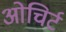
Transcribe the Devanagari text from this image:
ओचिर्ट